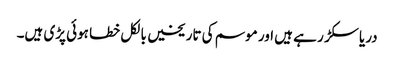
دریا سکڑ ر ہے ہیں اور موسم کی تاریخیں بالکل خطا ہوئی پڑی ہیں۔